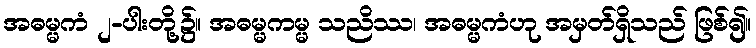
အဓမ္မကံ ၂-ပါးတို့၌။ အဓမ္မကမ္မ သညိဿ၊ အဓမ္မကံဟု အမှတ်ရှိသည် ဖြစ်၍။